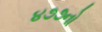
૪૭૭નો